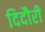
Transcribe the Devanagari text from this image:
दिदौरी